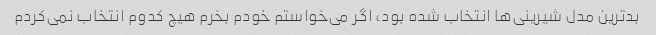
بدترین مدل شیرینی‌ها انتخاب شده بود، اگر می‌خواستم خودم بخرم هیچ کدوم انتخاب نمی‌کردم